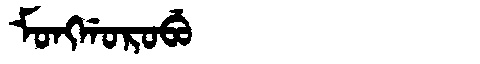
Manchu: ᠮᠣᠩᡤᠣᡵᠣᠪᡠ
Romanization: MONGGOROBU